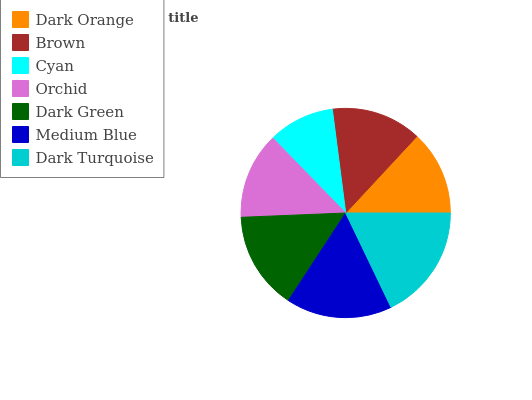
| Dark Orange | Brown | Cyan | Orchid | Dark Green | Medium Blue | Dark Turquoise |
 | --- | --- | --- | --- | --- | --- | --- |
 | 13.1% | 13.9% | 10.2% | 13.4% | 15.1% | 16.4% | 17.8% |